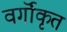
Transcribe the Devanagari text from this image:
वर्गॊकृत